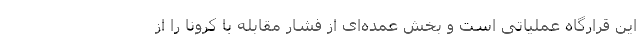
این قرارگاه عملیاتی است و بخش عمده‌ای از فشار مقابله با کرونا را از